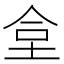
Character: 𡋛